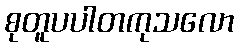
စုတူပပါတကုသလော